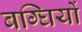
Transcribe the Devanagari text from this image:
बग्घियों